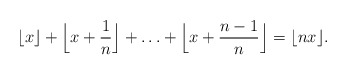
\begin{align*} \lfloor x \rfloor + \Big\lfloor x + \frac1n \Big\rfloor + \ldots + \Big\lfloor x + \frac{n-1}n \Big\rfloor = \lfloor nx \rfloor. \end{align*}